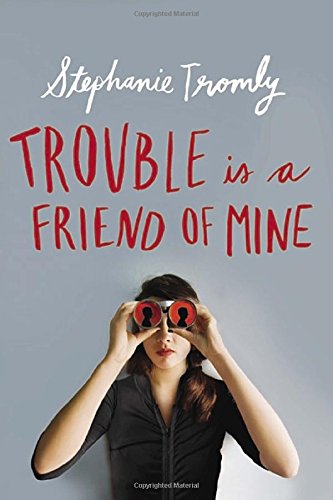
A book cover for Trouble is a Friend of Mine; Stephanie Tromly; Teen & Young Adult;